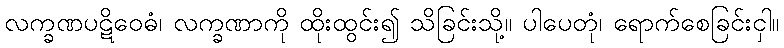
လက္ခဏပဋိဝေဓံ၊ လက္ခဏာကို ထိုးထွင်း၍ သိခြင်းသို့။ ပါပေတုံ၊ ရောက်စေခြင်းငှါ။